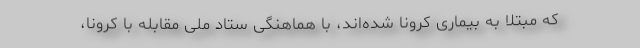
که مبتلا به بیماری کرونا شده‌اند، با هماهنگی ستاد ملی مقابله با کرونا،